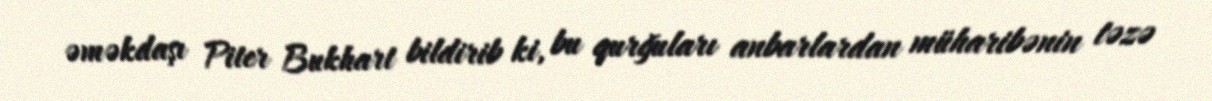
əməkdaşı Piter Bukhart bildirib ki, bu qurğuları anbarlardan müharibənin təzə